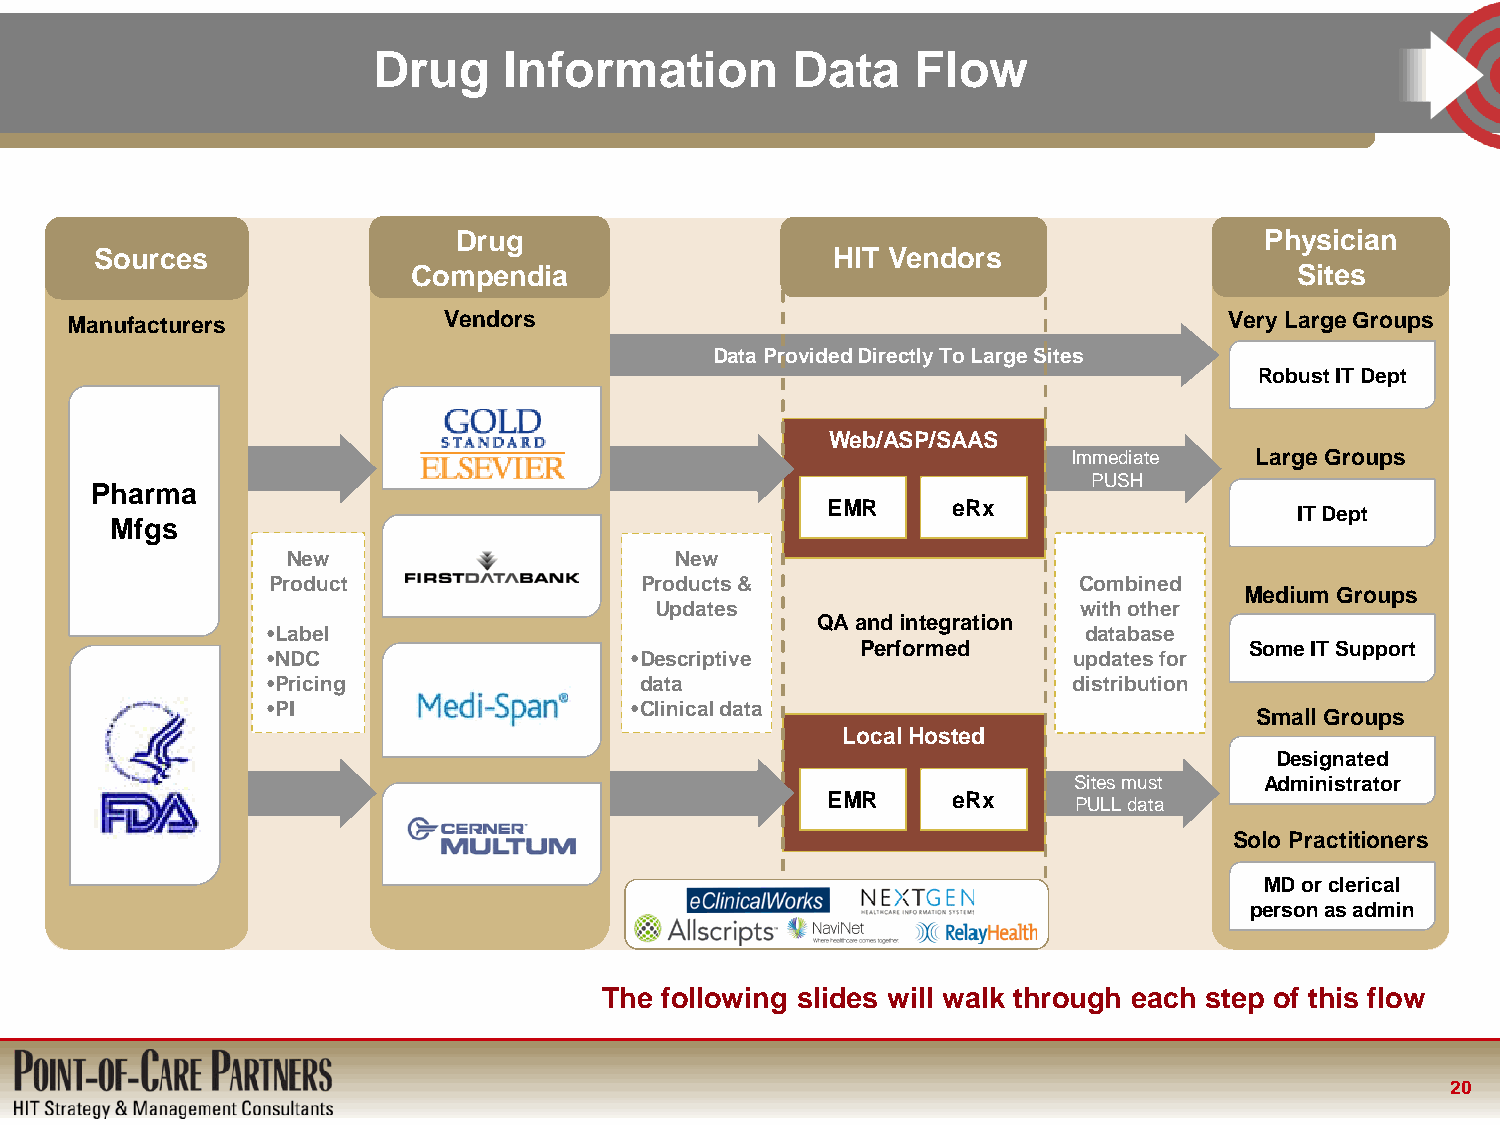
Drug    Information        Data     Flow
 Drug                                                  Physician
 Sou rces                                         HIT Vendors
 Compendia                                                  Sit es
 Manufacturers            Vendors                                             Very Large Groups
 Data Provided Directly To Large Sites
 Robust IT Dept
 Web/ASP/SAAS
 Immediate   Large Groups
 PUSH
 Pharma
 EMR     eRx                    IT D ept
 Mfgs
 New                       New
 FDB
 Product                 Products &                   Combined
 Medium Groups
 Updates                      with other
 QA and integration
 •Label                                                database
 Performed                 Some IT Support
 •NDC                    •Descriptive                 updates for
 •Pricing                data                         distribution
 •PI                     •Clinical data
 Small Groups
 Local Hosted
 Designated
 FDA
 Sites must   Administrator
 EMR     eRx     PULL data
 Multum                                              Solo Practitioners
 MD or clerical
 person as admin
 The following slides will walk through each step of this flow
 20